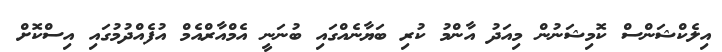
އިލެކްޝަންސް ކޮމިޝަނުން މިއަދު އާންމު ކުރި ބަޔާނެއްގައި ބުނަނީ އެމްއާރްއެމް އުފެއްދުމުގައި އިސްކޮށް